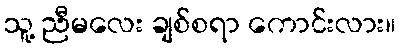
သူ့ ညီမလေး ချစ်စရာ ကောင်းလား။